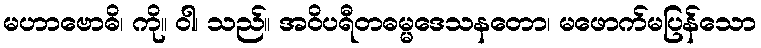
မဟာဗောဓိ၊ ကို။ ဝါ၊ သည်။ အဝိပရီတဓမ္မဒေသနတော၊ မဖောက်မပြန်သော